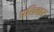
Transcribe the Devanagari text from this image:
प्रतिबार